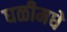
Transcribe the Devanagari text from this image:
घळीमधे